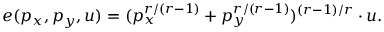
e ( p _ { x } , p _ { y } , u ) = ( p _ { x } ^ { r / ( r - 1 ) } + p _ { y } ^ { r / ( r - 1 ) } ) ^ { ( r - 1 ) / r } \cdot u .